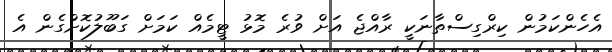
އެހެންކަމުން ކިރްގިސްތާނަކީ ރާއްޖެ އަށް ވުރެ މޮޅު ޓީމެއް ކަމަށް ގަބޫލުކޮށްގެން އެ